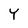
Character: Y